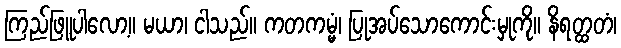
ကြည်ဖြူပါလော့။ မယာ၊ ငါသည်။ ကတကမ္မံ၊ ပြုအပ်သောကောင်းမှုကို။ နိရတ္ထတံ၊